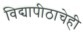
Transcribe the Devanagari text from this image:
विद्यापीठाचेही